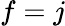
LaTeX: f=j